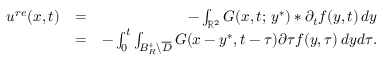
\begin{array} { r l r } { u ^ { r e } ( x , t ) } & { = } & { - \int _ { { \mathbb R } ^ { 2 } } G ( x , t ; \, y ^ { * } ) * \partial _ { t } f ( y , t ) \, d y } \\ & { = } & { - \int _ { 0 } ^ { t } \int _ { B _ { R } ^ { + } \backslash \overline { { D } } } G ( x - y ^ { * } , t - \tau ) \partial \tau f ( y , \tau ) \, d y d \tau . } \end{array}